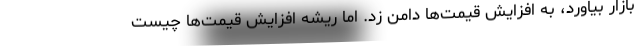
بازار بیاورد، به افزایش قیمت‌ها دامن زد. اما ریشه افزایش قیمت‌ها چیست